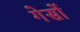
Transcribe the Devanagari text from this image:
गेसों